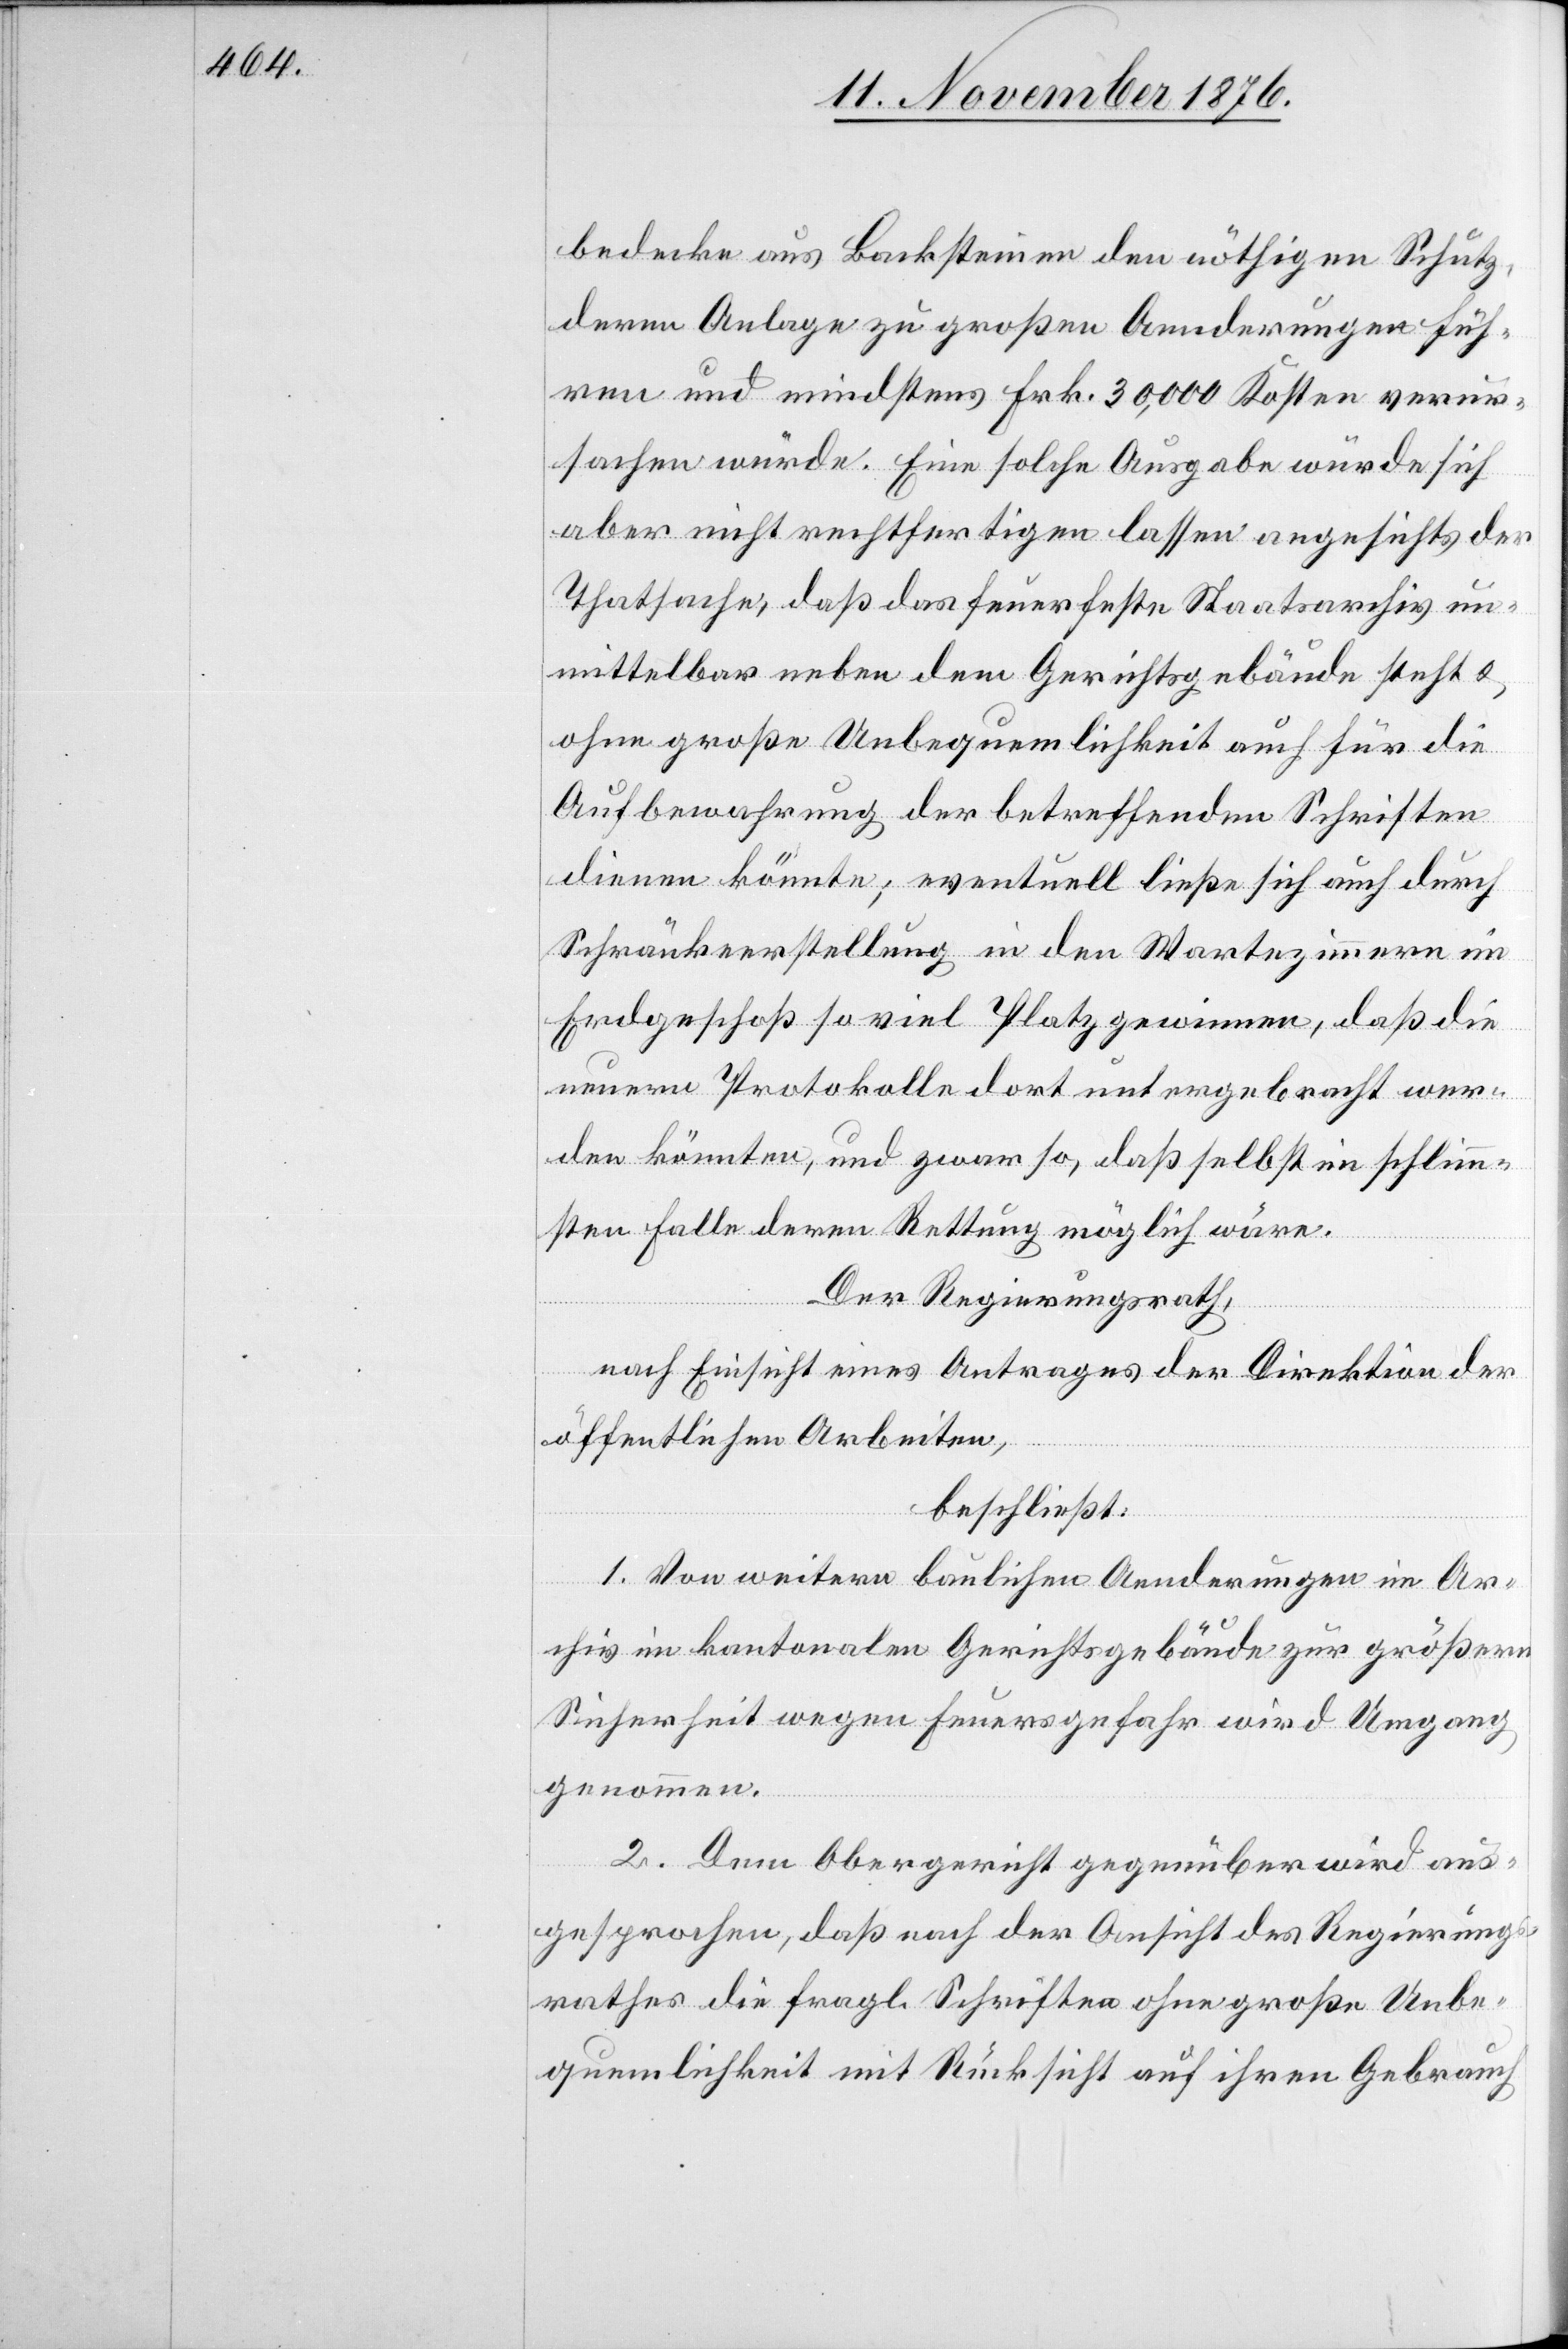
bedecke aus Backsteinen den nöthigen Schutz,
deren Anlage zu großen Aenderungen füh¬
ren und mindestens Frk. 30,000 Kosten verur¬
sachen würde. Eine solche Ausgabe würde sich
aber nicht rechtfertigen lassen angesichts der
Thatsache, daß das feuerfeste Staatsarchiv un¬
mittelbar neben dem Gerichtsgebäude steht &
ohne große Unbequemlichkeit auch für die
Aufbewahrung der betreffenden Schriften
dienen könnte; eventuell ließe sich auch durch
Schränkeerstellung in den Wartezimmern im
Erdgeschoß so viel Platz gewinnen, das die
neuern Protokolle dort untergebracht wer¬
den könnten, und zwar so, daß selbst im schlimm¬
sten Falle deren Rettung möglich wäre.
Der Regierungsrath,
nach Einsicht eines Antrages der Direktion der
öffentlichen Arbeiten,
beschließt:
1. Von weitern baulichen Aenderungen im Ar¬
chiv im kantonalen Gerichtsgebäude zur größern
Sicherheit wegen Feuersgefahr wird Umgang
genommen.
2. Dem Obergericht gegenüber wird aus¬
gesprochen, daß nach der Ansicht des Regierungs¬
rathes die fragl. Schriften ohne große Unbe¬
quemlichkeit mit Rücksicht auf ihren Gebrauch